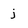
Character: j